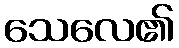
သေလေ၏